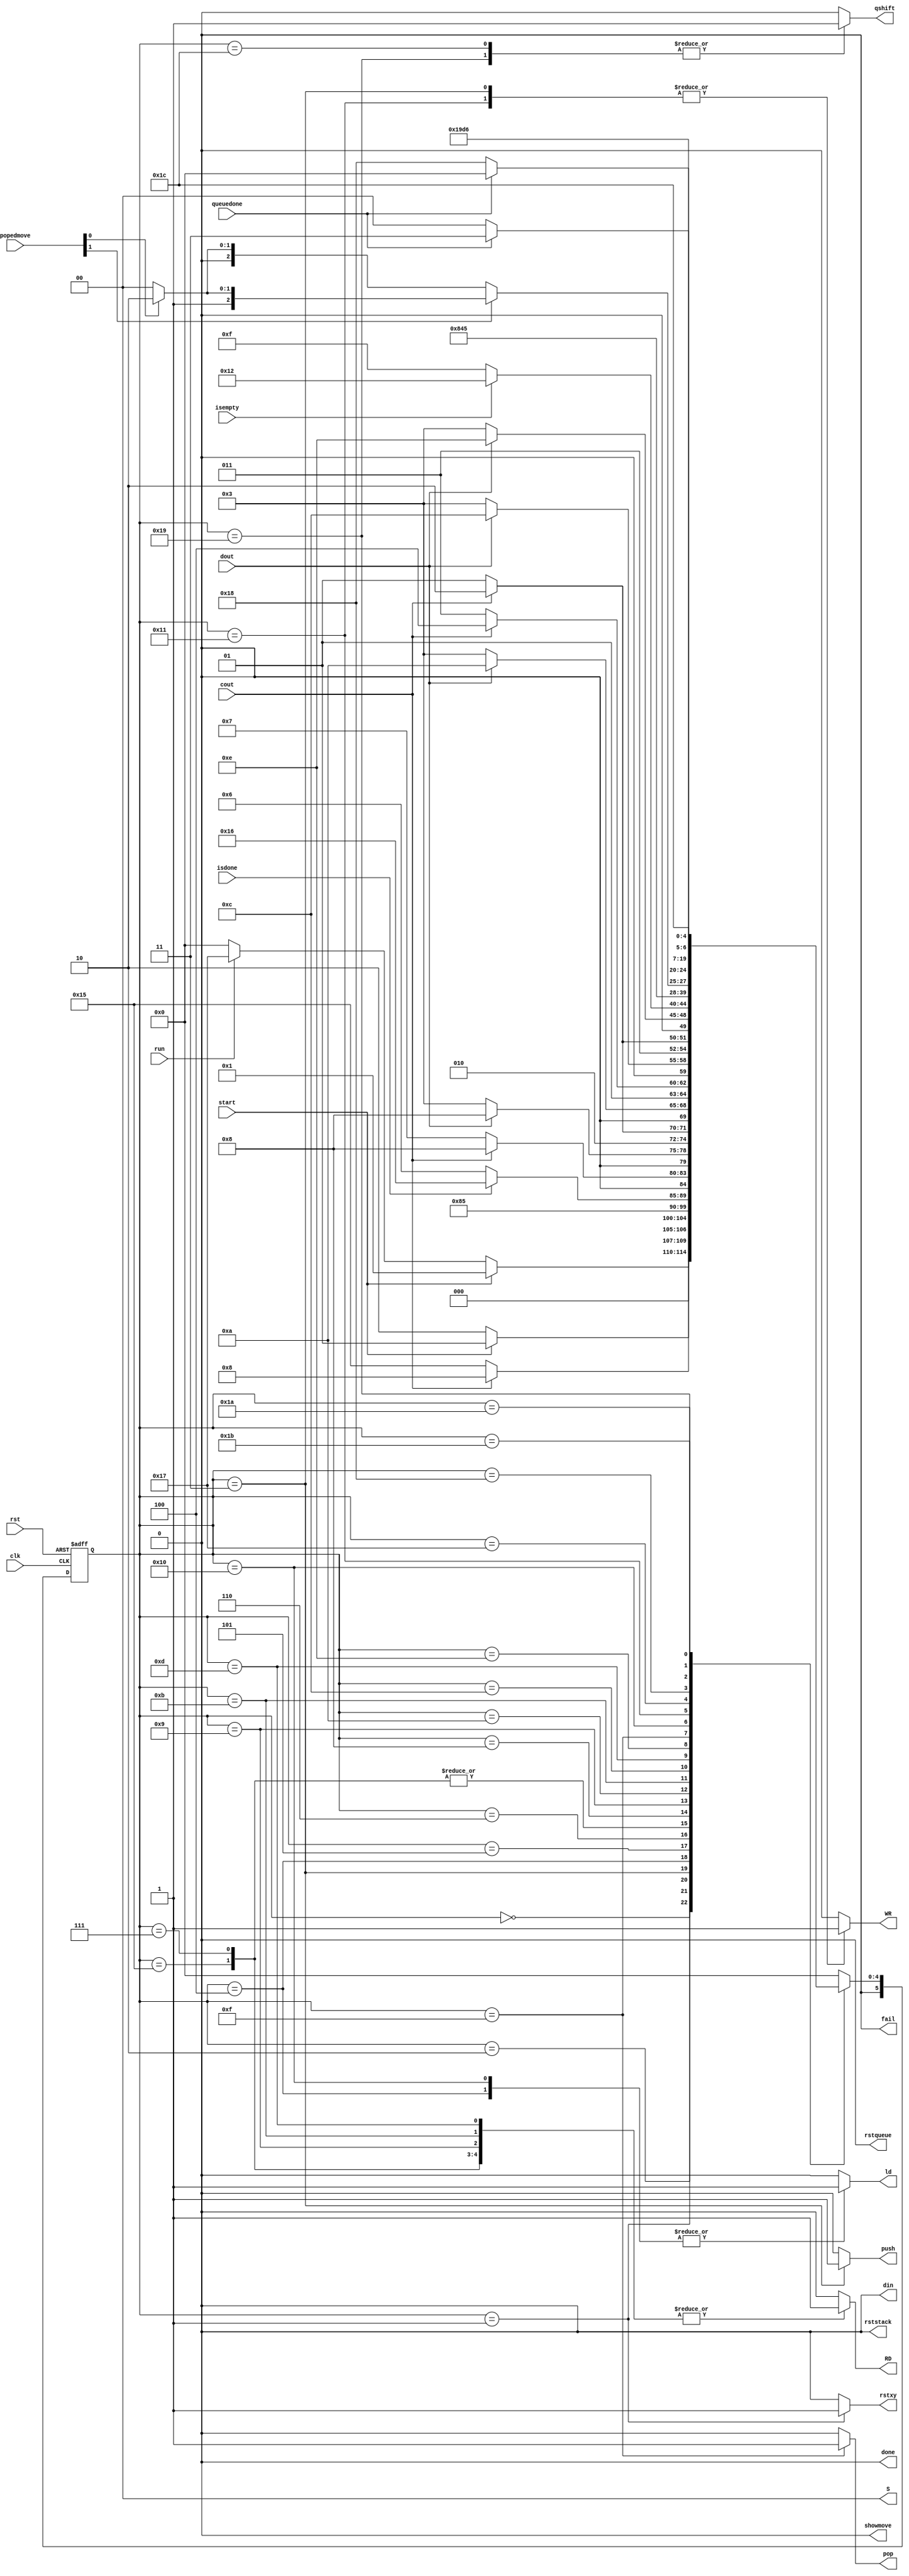
module controller(input run,rst,clk,dout, start, isdone, isempty,cout,queuedone, input [1:0] popedmove, output reg rststack,rstqueue,showmove,rstxy,ld,WR,RD,din,done,fail,pop,qshift,push,output reg[1:0] S);
    parameter [5:0] A=0,B=1,C=2,D=3,E=4,F=5,G=6,H=7,I=8,J=9,K=10,L=11,M=12,N=13,O=14,P=15,Q=16,R=17,T=18,U=19,V=20,C1=21,S1=22,R1 = 23, R2=24,R3=25,R4 = 26,R5=27,R6 = 28;
    reg [5:0] ns,ps;
    assign S = 2'b0;
    assign din = 1'b0;
    assign fail = 1'b0;
    assign done = 1'b0;
    assign rststack = 1'b0;
    assign rstqueue = 1'b0;
    assign showmove = 1'b0;
    always @(ps,start,isdone,cout,dout,popedmove,run,queuedone) begin
        ns = A;
        case (ps)
            A: ns = (start)?B:((run)?R1:A);
            B: ns = (start)?B:C;
            C: ns = (cout)?I:C1;
            C1: ns =(dout)?I:D;
            D: ns = E;
            E: ns = F;
            F: ns = (isdone)?S1:G;
            G: ns = (cout)?I:H;
            H: ns = (dout)?I:D;
            I: ns = (cout)?K:J;
            J: ns = (dout)?K:D;
            K: ns = (cout)?M:L;
            L: ns = (dout)?M:D;
            M: ns = (cout)?O:N;
            N: ns = (dout)?O:D;
            O: ns = (isempty)?T:P;
            P: ns = Q;
            Q: ns = R;
            R: ns = (popedmove[1])?(popedmove[0]?O:M):(popedmove[0]?K:I);
            S1: ns = A;
            R1: ns = (queuedone)?A:R2;
            R2: ns = R3;
            R3: ns = R4;
            R4: ns = (queuedone)?R5:R2;
            R5: ns= R6;
            R6: ns = A;

        endcase
    end
    always @(ps,start,isdone,cout,dout,popedmove,run,queuedone) begin
        rstxy = 1'b0;ld=1'b0;WR=1'b0;RD=1'b0;pop=1'b0;push=1'b0;rstqueue = 1'b0;rststack=1'b0;qshift = 1'b0;showmove = 1'b0;
        case(ps)
            B: begin
                rstxy = 1'b1;
                rststack = 1'b1;
                fail = 1'b0;
                done = 1'b0;
            end
            C: begin
                S = 2'b00;
            end
            C1: begin
                RD = 1'b1;
            end
            D: begin
                push = 1'b1;
                din = 1'b1;
                WR = 1'b1;
            end
            E: begin
                ld = 1'b1;
            end
            G:begin
                S = 2'b00;
            end
            H: begin
                RD = 1'b1;
            end
            I: begin
                S = 2'b01;
            end
            J: begin
                RD = 1'b1;
            end
            K: begin
                S = 2'b10;
            end
            L:begin
                RD = 1'b1;
            end
            M: begin
                S = 2'b11;
            end
            N:begin
                RD = 1'b1;
            end
            T:begin
                fail = 1'b1;
            end
            P:begin
                pop = 1'b1;
            end
            Q: begin
                ld = 1'b1;
                S = 3 - popedmove;
            end
            R:begin
                WR = 1'b1;
                din = 1'b0;
            end
            S1: begin
                done = 1'b1;
            end 
            R1: begin
                rstqueue = 1'b1;
            end
            R2: begin
                showmove = 1'b1;
            end
            R3: begin
                qshift = 1'b1;
            end
            R5:begin
                showmove = 1'b1;
            end
            R6:begin
                qshift = 1'b1;
            end
        endcase
    end
    always @(posedge clk,posedge rst) begin
        if (rst == 1'b1)
            ps <= A;
        else
            ps <= ns;
    end
endmodule